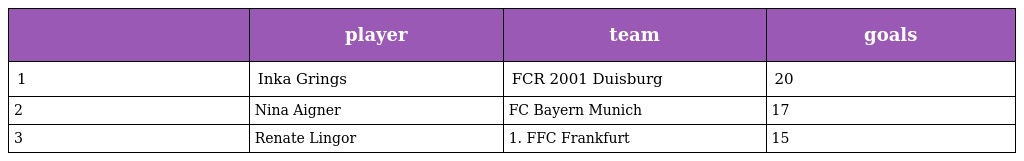
|  | player | team | goals |
 | --- | --- | --- | --- |
 | 1 | Inka Grings | FCR 2001 Duisburg | 20 |
 | 2 | Nina Aigner | FC Bayern Munich | 17 |
 | 3 | Renate Lingor | 1. FFC Frankfurt | 15 |